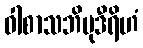
ဝါစာသဘိမုဒီရိဟံ